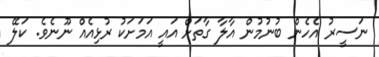
ނަސީރު އެހެން ބުނުމުން އާލާ ގާތަށް އައީ އަމަށަކު ރުޅިއެއް ނޫނެވެ. ކަލޭ